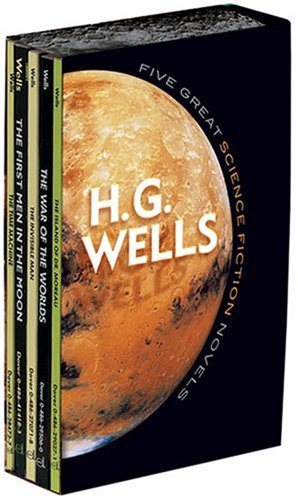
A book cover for Five Great Science Fiction Novels (Dover Thrift Editions); H. G. Wells; Literature & Fiction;